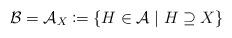
LaTeX: \begin{align*}\mathcal{B} = \mathcal{A}_{X} \coloneqq \left\{ H \in \mathcal{A} \mid H \supseteq X \right\}\end{align*}